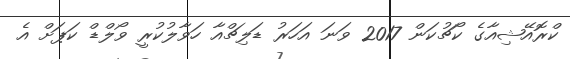
ކްރޮއޭޝިއާގެ ކޯޗުކަން 2017 ވަނަ އަހަރު ޑަލިޗްއާ ހަވާލުކުރީ ވޯލްޑް ކަޕަށް އެ